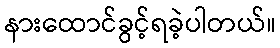
နားထောင်ခွင့်ရခဲ့ပါတယ်။